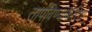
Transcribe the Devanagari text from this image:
तापविण्याकरिता